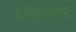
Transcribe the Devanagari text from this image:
परिणास्वरुप